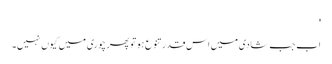
'
اب جب شادی میں اس قدر تنوع ہو تو پھر چوری میں کیوں نہیں۔